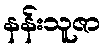
နန်းသူဇာ